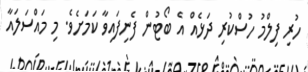
ހުރި ފިލްމު ހުސްކުރި ދަޅެއް އެ ބޯޓުން ފެނިފައިވާ ކަމަށެވެ. މި މައްސަލައާ